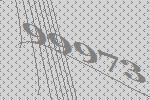
99973